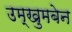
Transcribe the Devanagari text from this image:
उम्खुमबेन